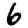
Digit: 6